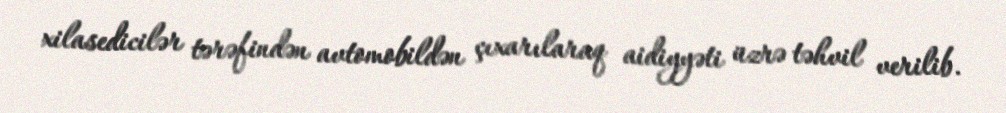
xilasedicilər tərəfindən avtomobildən çıxarılaraq aidiyyəti üzrə təhvil verilib.